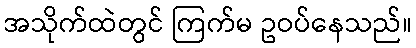
အသိုက်ထဲတွင် ကြက်မ ဥဝပ်နေသည်။